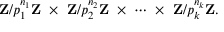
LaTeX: \mathbf { Z } / p _ { 1 } ^ { n _ { 1 } } \mathbf { Z } \ \times \ \mathbf { Z } / p _ { 2 } ^ { n _ { 2 } } \mathbf { Z } \ \times \ \cdots \ \times \ \mathbf { Z } / p _ { k } ^ { n _ { k } } \mathbf { Z } .